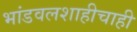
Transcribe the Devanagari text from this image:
भांडवलशाहीचाही